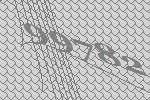
99782